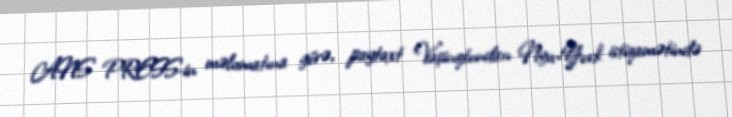
ANS PRESS-in məlumatına görə, paytaxt Vaşinqtondan Nyu-York istiqamətində